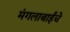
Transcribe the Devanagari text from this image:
मंगलाबाईंचे